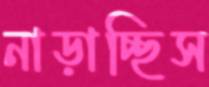
নাড়াচ্ছিস